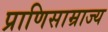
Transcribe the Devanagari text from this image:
प्राणिसाम्राज्य